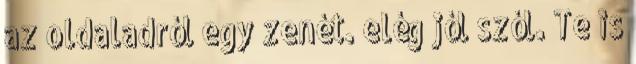
az oldaladról egy zenét. elég jól szól. Te is